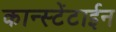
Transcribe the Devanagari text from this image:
कान्स्टेंटाईन